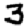
Digit: 3